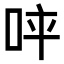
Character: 𠱪